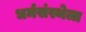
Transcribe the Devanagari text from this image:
धर्मसंस्थेला